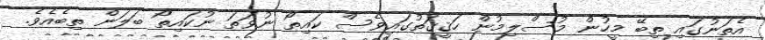
އެތަނުގައި ތިބޭ މީހުން މުސްލިމުން ހަޤީޤަތުގައިވެސް ކައިތޯ ނުވަތަ ނުކައިތޯ ބަލަން ތިބެއެވެ.